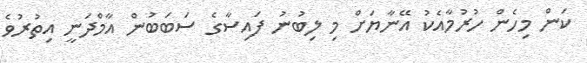
ކަން މިހެން ހުރުމާއެކު އޭނާޔަށް މި ލިބުނު ފައިސާގެ ސަބަބުން އާމްދަނީ އިތުރުވެ